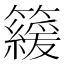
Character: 𥶍